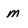
Character: m